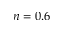
n = 0 . 6